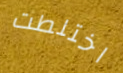
اختلطت